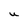
Character: U